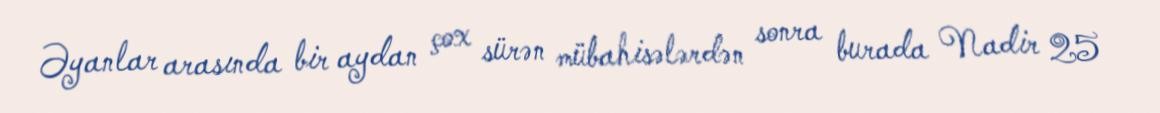
Əyanlar arasında bir aydan çox sürən mübahisələrdən sonra burada Nadir 25